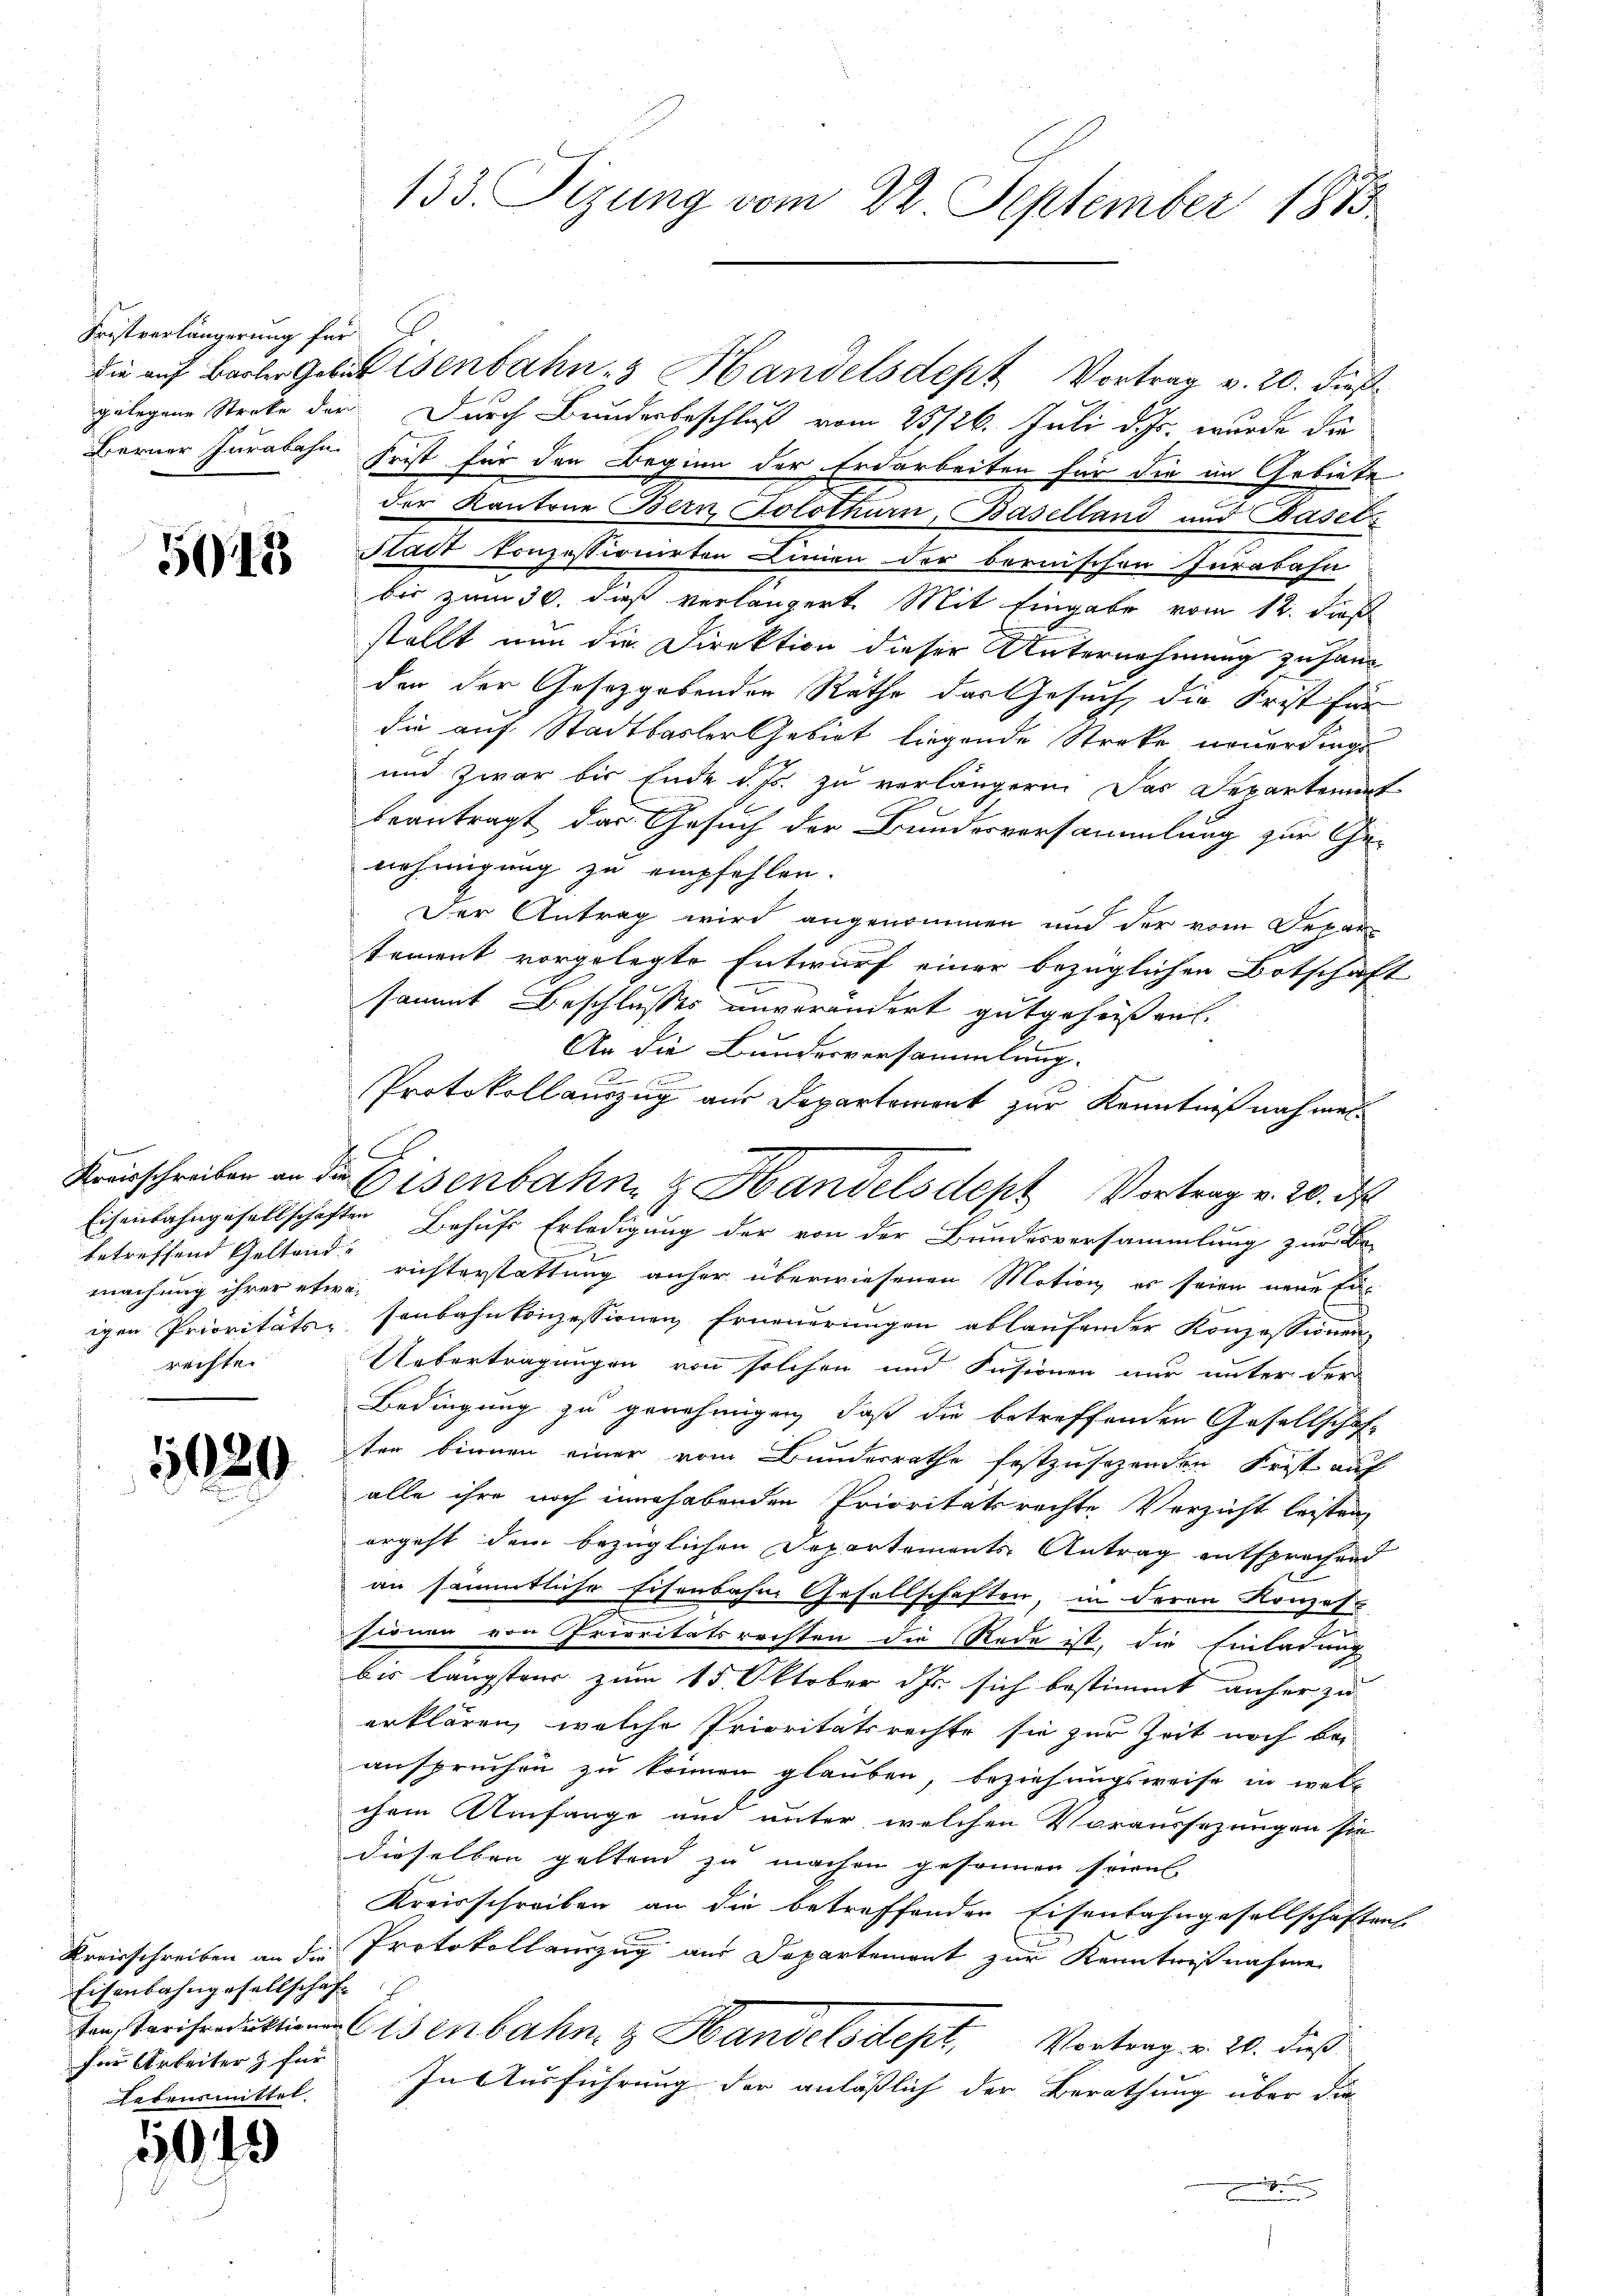
Fristverlängerung für

545

betreffend Geltende
rechte.

1020

Kreisschreiben an die
Eisenbahngesellschaf
für Arbeiter & für
Rebrusmittel

5049

die auf Basler Gebiet isenbahn-3 Handelsdept Vortrag v. 20. dieß
gelegene Streke der Durch Bundesbeschluß vom 25. 126. Juli d. Js. wurde die
Berner Jurabahn Frist für den Beginn der Erdarbeiten für die im Gebiete
der Kantone Bern, Solothurn, Baselland und Basel
Stadt Konzessionirten Linien der bernischen Iurabahn
bis zum 30. dieß verlängert. Mit Eingabe vom 12. dieß
stellt nun die Direktion dieser Unternehmung zu handen der Gesetzgebenden Räthe das Gesuch, die Frist für
die auf Stadtbasler Gebiet liegende Streke neuerdings
und zwar bis Ende d. Js. zu verlängern. Das Departement
beantragt das Gesuch der Bundesvorsammlung zur Genehmigung zu empfehlen.
Der Antrag wird angenommen und der vom Departement vorgelegte Entwurf einer bezüglichen Botschaft
sammt Beschlusses unverändert gutgeheißen.
An die Bundesversammlung.
Protokollauszug aus Departement zur Kenntniß nahmel¬
Eisenbahngesellschaften Behufs Erledigung der von der Bundesversammlung zur Be-
machung ihrer ein richterstattung anher überwiesenen Motion es seien neue Eiigen Prioritäte, senbahnkonzessionen, Erneuerungen ablaufender Konzessionen
Uebertragungen von solchen und Insionen nur unter der
Bedingung zu genehmigen, daß die betreffenden Gesellschaft
ter binnen einer vom Bundesrathe festzusehenden Frist auf
alle ihre noch innehabenden Prioritätsrechte Verzicht leisten,
ergeht dem bezüglichen Departements Antrag entsprachend
an sämmtliche Eisenbahne Gesellschaften, in deren Konzess
sionen von Prioritätsrechten die Rede ist, die Einladung
bis längsten zum 15. Oktober dr. sich bestimmt anher zu
erklären, welche Prioritätsrechte sie zur Zeit noch bei
anspruchen zu können glauben, beziehungsweise in woll
chem Umfange und unter welchen Voraussezungen sie
dieselben geltend zu machen gesonnen sowi
Kreisschreiben an die betreffender Eisenbahngesellschaftens
Protokollauszug aus Departement zur Kenntnißnahme
Fenstarisenduktion Eisenbahn & Handelsdept,
Vortrag v. 26. dieß
In Ausführung der anläßlich der Berathung über die
.

133. Tizung vom 22. September 1815.

Kreisschreiben an die Eisenbahn & Handelsdept Vortrag v. 20. ds